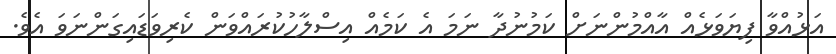
އަޅުއްވާ ފިޔަވަޅެއް އާއްމުންނަށް ކަމުނުދާ ނަމަ އެ ކަމެއް އިސްލާހުކުރައްވަން ކެރިވަޑައިގަންނަވަ އެވެ.